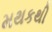
મથકથી